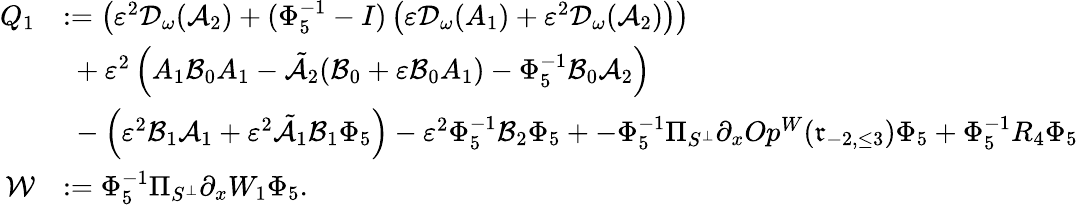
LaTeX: \begin{array}{rl}{{Q}_{1}}&{:=\left(\varepsilon^{2}\mathcal{D}_{\omega}(\mathcal{A}_{2})+(\Phi_{5}^{-1}-I)\left(\varepsilon\mathcal{D}_{\omega}(A_{1})+\varepsilon^{2}\mathcal{D}_{\omega}(\mathcal{A}_{2})\right)\right)}\\ &{\ +\varepsilon^{2}\left(A_{1}\mathcal{B}_{0}A_{1}-\tilde{\mathcal{A}_{2}}(\mathcal{B}_{0}+\varepsilon\mathcal{B}_{0}A_{1})-\Phi_{5}^{-1}\mathcal{B}_{0}\mathcal{A}_{2}\right)}\\ &{\ -\left(\varepsilon^{2}\mathcal{B}_{1}\mathcal{A}_{1}+\varepsilon^{2}\tilde{\mathcal{A}}_{1}\mathcal{B}_{1}\Phi_{5}\right)-\varepsilon^{2}\Phi_{5}^{-1}\mathcal{B}_{2}\Phi_{5}+-\Phi_{5}^{-1}\Pi_{S^{\perp}}\partial_{x}Op^{W}(\mathfrak{r}_{-2,\le 3})\Phi_{5}+\Phi_{5}^{-1}R_{4}\Phi_{5}}\\ {\mathcal{W}}&{:=\Phi_{5}^{-1}\Pi_{S^{\perp}}\partial_{x}W_{1}\Phi_{5}.}\end{array}